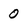
Character: 0